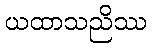
ယထာသညိဿ